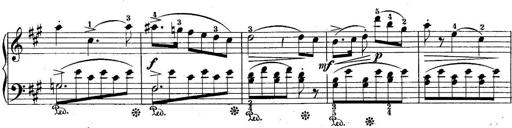
Title: 10 Sonatines progressives
Composer: Anton Schmoll